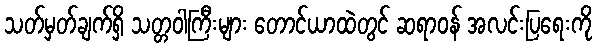
သတ်မှတ်ချက်ရှိ သတ္တဝါကြီးများ တောင်ယာထဲတွင် ဆရာဝန် အလင်းပြရေးကို